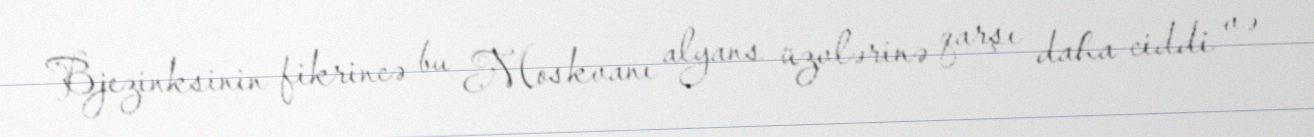
Bjezinksinin fikrincə bu Moskvanı alyans üzvlərinə qarşı daha ciddi və